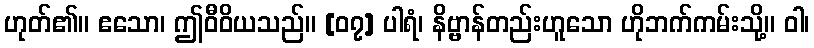
ဟုတ်၏။ ဧသော၊ ဤဝီဝိယသည်။ [၀၇] ပါရံ၊ နိဗ္ဗာန်တည်းဟူသော ဟိုဘက်ကမ်းသို့။ ဝါ၊